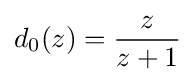
d_{0}(z)={\frac {z}{z+1}}